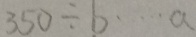
3 5 0 \div b \cdots a